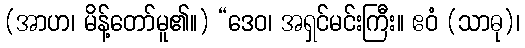
(အာဟ၊ မိန့်တော်မူ၏။) “ဒေဝ၊ အရှင်မင်းကြီး။ ဧဝံ (သာဓု)၊